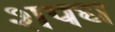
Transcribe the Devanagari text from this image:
शपध